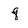
Character: q